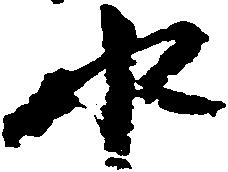
水